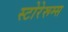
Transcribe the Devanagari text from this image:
स्टोरेरूम्स